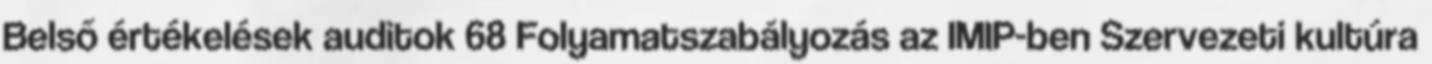
Belső értékelések auditok 68 Folyamatszabályozás az IMIP-ben Szervezeti kultúra